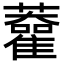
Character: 𧃦